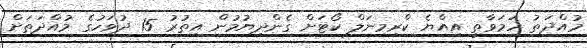
މުއްދަތު ހަމަވާތީ އިއްޔެ ކްރިމިނަލް ކޯޓަށް ގެންދިޔުމުން އިތުރު 15 ދުވަހުގެ މުއްދަތަށް